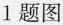
1题图